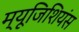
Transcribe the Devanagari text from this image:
म्यूजिशियंस